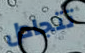
تتجادل